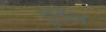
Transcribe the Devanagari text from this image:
ट्रूडेल